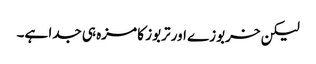
لیکن خربوزے اور تربوز کا مزہ ہی جدا ہے۔